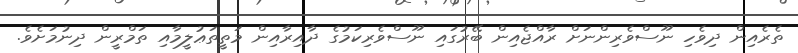
ތެރެއިން ދިވެހި ނޫސްވެރިންނަށް ރާއްޖެއިން ބޭރުގައި ނޫސްވެރިކަމުގެ ދާއިރާއިން މަތީތަޢުލީމާއި ތަމްރީން ދިނުމަށެވެ.